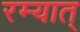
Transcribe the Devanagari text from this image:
रम्यात्